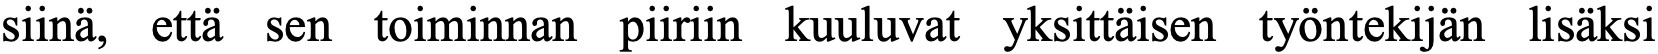
siinä, että sen toiminnan piiriin kuuluvat yksittäisen työntekijän lisäksi